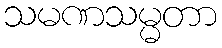
သမဏသမ္မတာ